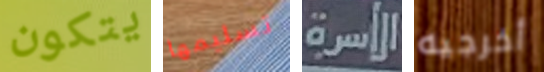
يتكون تسليمها الأسرة أخرجيه